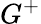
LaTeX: G^{+}